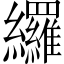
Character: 纙